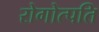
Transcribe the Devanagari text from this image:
रोगोत्पति